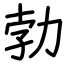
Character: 勃